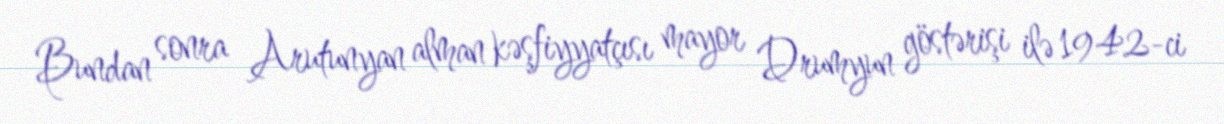
Bundan sonra Arutunyan alman kəşfiyyatçısı mayor Drumyun göstərişi ilə 1942-ci